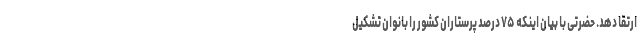
ارتقا دهد. حضرتی با بیان اینکه ۷۵ درصد پرستاران کشور را بانوان تشکیل